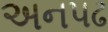
અનપઢ